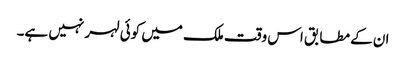
ان کے مطابق اس وقت ملک میں کوئی لہر نہیں ہے۔